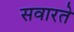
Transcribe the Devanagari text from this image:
सवारते